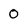
Character: 0